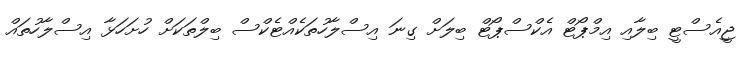
ޖީއެސްޓީ ބިލާއި އިމްޕޯޓް އެކްސްޕޯޓް ބިލަށް ގިނަ އިސްލާހުތަކެއްޓެކްސް ބިލްތަކަށް ހުށަހަޅާ އިސްލާހުތައް